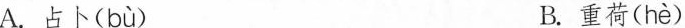
A.占卜( bù ) B.重荷( hè )